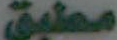
مطبق